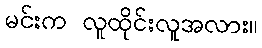
မင်းက လူထိုင်းလူအလား။